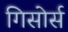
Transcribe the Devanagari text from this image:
गिसोर्स